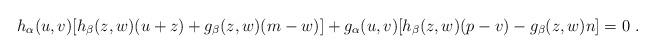
LaTeX: \begin{align*}h_{\alpha}(u,v) [h_{\beta}(z,w)(u+z)+g_{\beta}(z,w)(m-w)]+g_{\alpha}(u,v)[h_{\beta}(z,w)(p-v)-g_{\beta}(z,w)n]=0 \ .\end{align*}